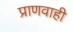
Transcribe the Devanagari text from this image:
प्राणवाही